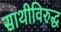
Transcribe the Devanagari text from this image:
साथीविरुद्ध